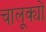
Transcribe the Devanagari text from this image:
चालूक्यों